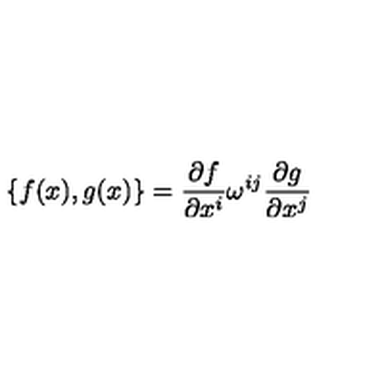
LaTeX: \{ f ( x ) , g ( x ) \} = \frac { \partial f } { \partial x ^ { i } } \omega ^ { i j } \frac { \partial g } { \partial x ^ { j } }